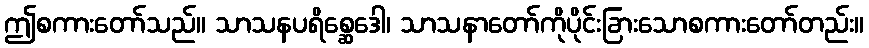
ဤစကားတော်သည်။ သာသနပရိစ္ဆေဒေါ၊ သာသနာတော်ကိုပိုင်းခြားသောစကားတော်တည်း။